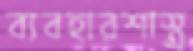
ব্যবহারশাস্ত্র